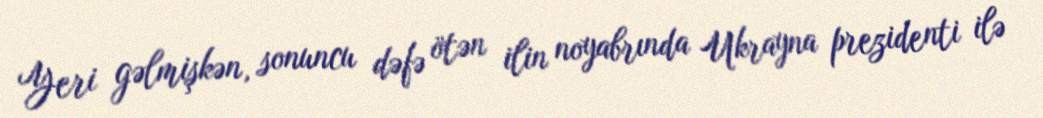
Yeri gəlmişkən, sonuncu dəfə ötən ilin noyabrında Ukrayna prezidenti ilə